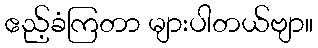
ဧည့်ခံကြတာ များပါတယ်ဗျာ။